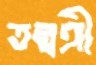
তন্বঙ্গী